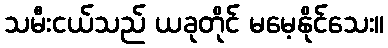
သမီးငယ်သည် ယခုတိုင် မမေ့နိုင်သေး။